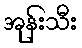
အုန်းသီး